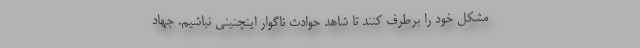
مشکل خود را برطرف کنند تا شاهد حوادث ناگوار اینچنینی نباشیم. جهاد